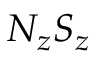
N _ { z } S _ { z }